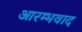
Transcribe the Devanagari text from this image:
आरम्भवाद